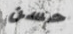
حسن